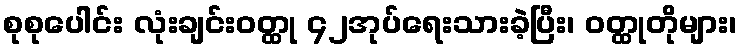
စုစုပေါင်း လုံးချင်းဝတ္ထု ၄၂အုပ်ရေးသားခဲ့ပြီး၊ ဝတ္ထုတိုများ၊